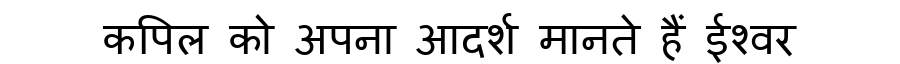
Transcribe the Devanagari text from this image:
कपिल को अपना आदर्श मानते हैं ईश्वर